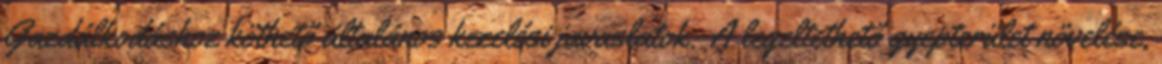
Gazdálkodáshoz köthető általános kezelési javaslatok: A legeltethető gyepterület növelése,